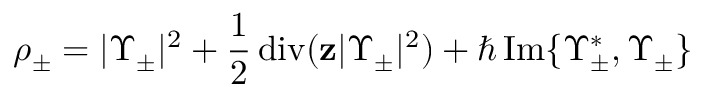
\rho _ { \pm } = | \Upsilon _ { \pm } | ^ { 2 } + \frac 1 2 \operatorname { d i v } ( \mathbf { z } | \Upsilon _ { \pm } | ^ { 2 } ) + \hbar \operatorname { I m } \{ \Upsilon _ { \pm } ^ { * } , \Upsilon _ { \pm } \}